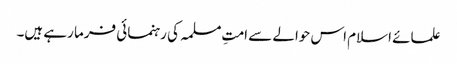
علمائے اسلام اس حوالے سے امتِ مسلمہ کی رہنمائی فرما رہے ہیں۔